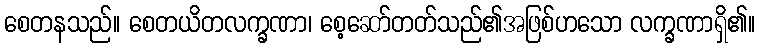
စေတနသည်။ စေတယိတလက္ခဏာ၊ စေ့ဆော်တတ်သည်၏အဖြစ်ဟသော လက္ခဏာရှိ၏။